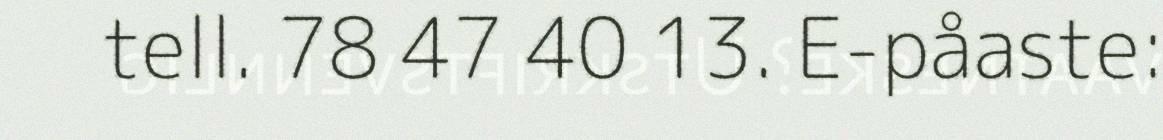
tell. 78 47 40 13. E-påaste: